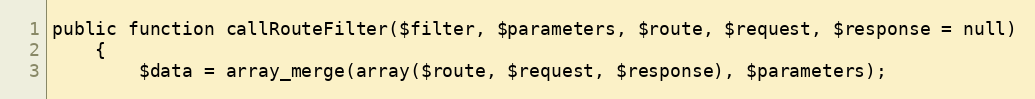
Language: PHP
public function callRouteFilter($filter, $parameters, $route, $request, $response = null)
	{
		$data = array_merge(array($route, $request, $response), $parameters);